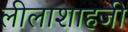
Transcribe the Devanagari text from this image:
लीलाशाहजी